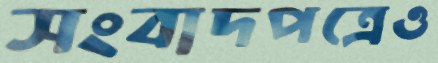
সংবাদপত্রেও